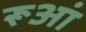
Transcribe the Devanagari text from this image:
रूआं